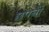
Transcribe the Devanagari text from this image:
छपनों